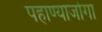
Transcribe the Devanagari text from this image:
पहाण्याजोगा